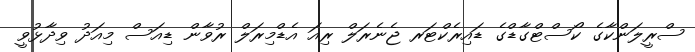
ސްރީލަންކާގެ ކޯސްޓްގާޑްގެ ޑައިރެކްޓަރ ޖެނެރަލް ރިއަ އެޑްމިރަލް ރުވާން ޑިއަސް މިއަދު ވިދާޅުވީ